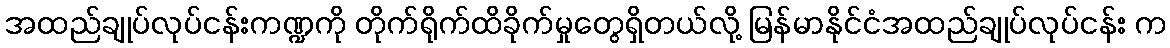
အထည်ချုပ်လုပ်ငန်းကဏ္ဍကို တိုက်ရိုက်ထိခိုက်မှုတွေရှိတယ်လို့ မြန်မာနိုင်ငံအထည်ချုပ်လုပ်ငန်း က